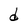
Character: d